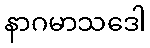
နာဂမာသဒေါ